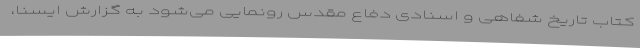
کتاب تاریخ شفاهی و اسنادی دفاع مقدس رونمایی می‌شود به گزارش ایسنا،